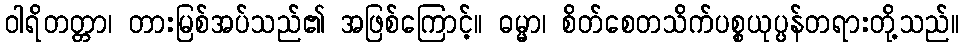
ဝါရိတတ္တာ၊ တားမြစ်အပ်သည်၏ အဖြစ်ကြောင့်။ ဓမ္မာ၊ စိတ်စေတသိက်ပစ္စယုပ္ပန်တရားတို့သည်။